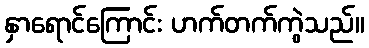
နှာရောင်ကြောင်း ဟက်တက်ကွဲသည်။